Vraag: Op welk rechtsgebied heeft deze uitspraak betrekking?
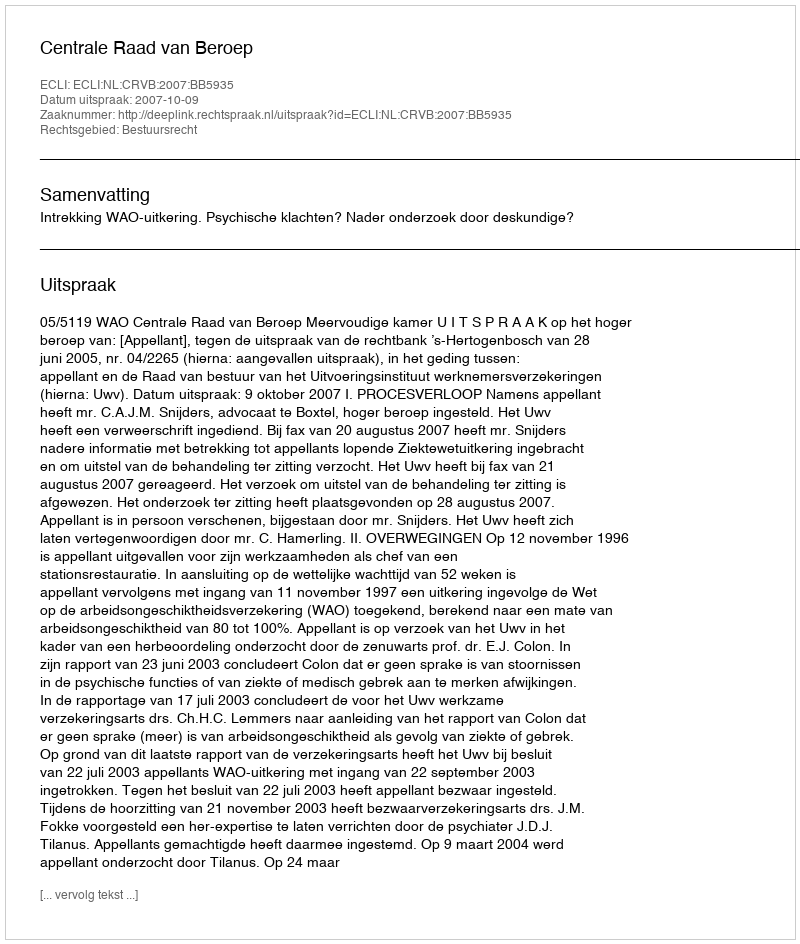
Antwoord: Bestuursrecht